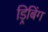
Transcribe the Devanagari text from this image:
ड्रिबिंग